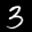
Label: 3